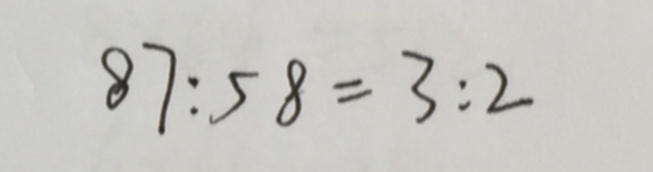
8 7 : 5 8 = 3 : 2